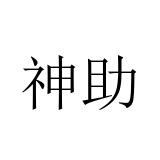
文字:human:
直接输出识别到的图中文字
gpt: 神助